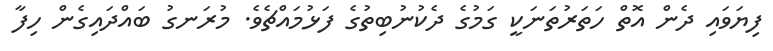
ފިޔަވައި ދެން އޮތް ހަތަރުތަނަކީ ގަމުގެ ދެކުނުބިތުގެ ފަޅުމައްޗެވެ. މުރަނގު ބައްދައިގެން ހިފާ